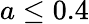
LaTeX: a\leq 0.4